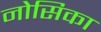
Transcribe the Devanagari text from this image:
नोसिका